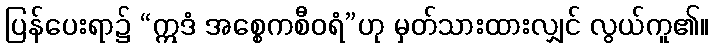
ပြန်ပေးရာ၌ “ဣဒံ အစ္စေကစီဝရံ”ဟု မှတ်သားထားလျှင် လွယ်ကူ၏။